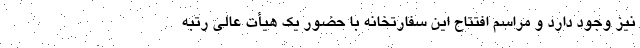
نیز وجود دارد و مراسم افتتاح این سفارتخانه با حضور یک هیأت عالی رتبه